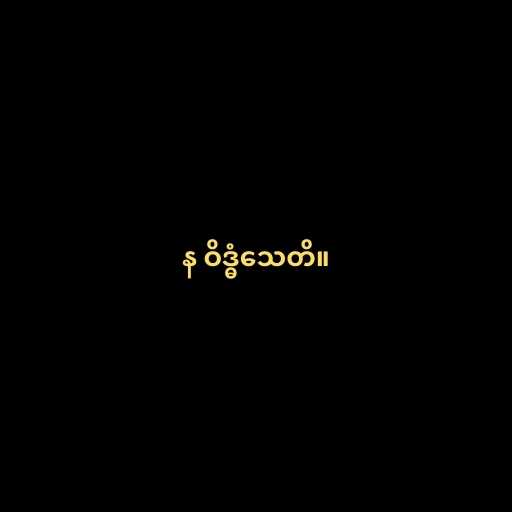
န ဝိဒ္ဓံသေတိ။